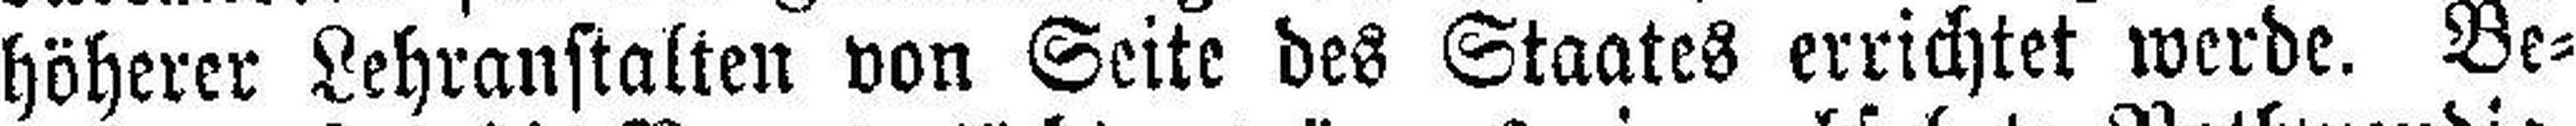
höherer Lehranstalten von Seite des Staates errichtet werde. Be¬